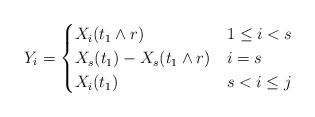
LaTeX: \begin{align*}Y_i=\begin{cases}X_i(t_1\wedge r) & 1\leq i<s \\X_s(t_1)-X_s(t_1\wedge r) & i=s \\X_i(t_1) & s<i\leq j \end{cases}\end{align*}